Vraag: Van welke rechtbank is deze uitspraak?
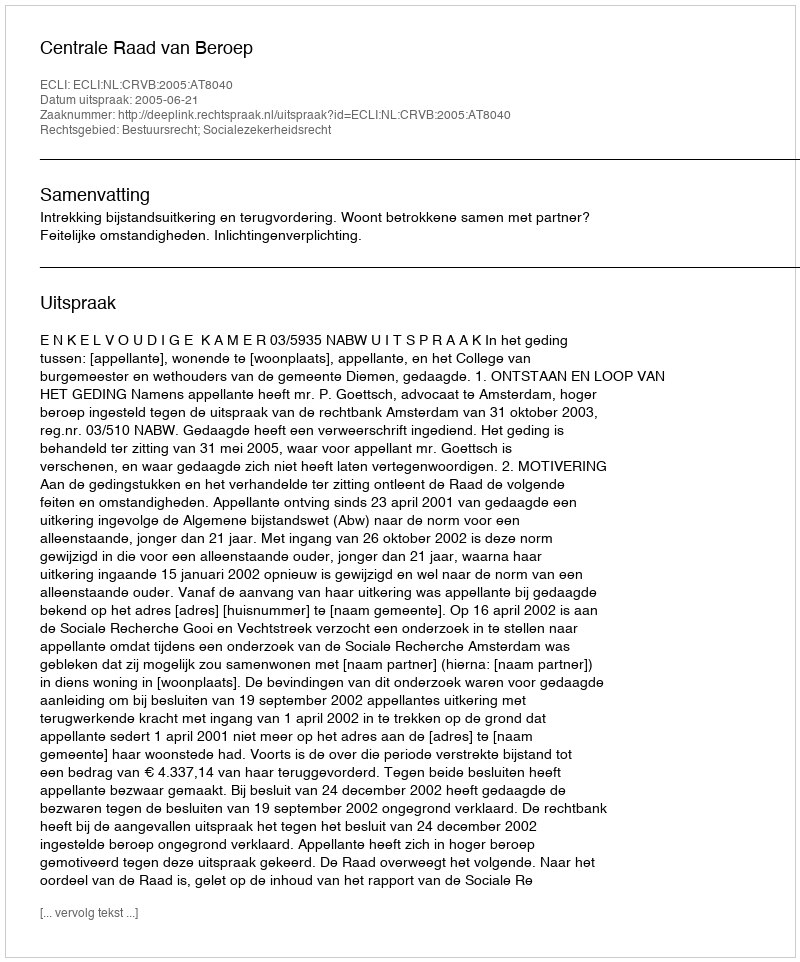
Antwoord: Centrale Raad van Beroep